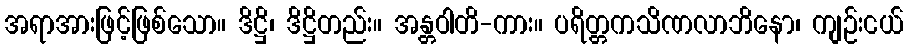
အရာအားဖြင့်ဖြစ်သော။ ဒိဋ္ဌိ၊ ဒိဋ္ဌိတည်း။ အန္တဝါတိ-ကား။ ပရိတ္တကသိဏလာဘိနော၊ ကျဉ်းငယ်